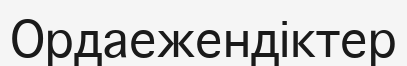
Ордаежендіктер